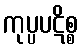
ကုပ္ပပဋိစ္စ